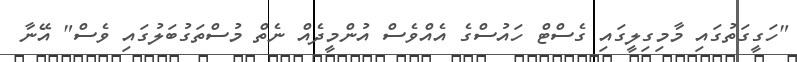
"ހަގީގަތުގައި މާމިގިލީގައި ގެސްޓް ހައުސްގެ އެއްވެސް އުންމީދެއް ނެތް މުސްތަގުބަލުގައި ވެސް" އޭނާ